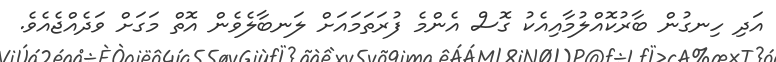
އަދި ހިނގުން ބާރުކޮއްލުމާއިއެކު ގޮސް އެންމެ ފުރަތަމައަށް ލަނބާލެވެން އޮތް މަގަށް ވަދެއްޖެއެވެ.